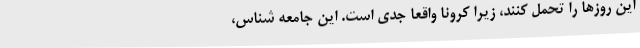
این روزها را تحمل کنند، زیرا کرونا واقعا جدی است. این جامعه شناس،